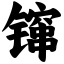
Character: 镩